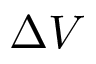
\Delta V